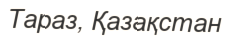
Тараз, Қазақстан